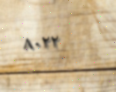
٨٠٢٢